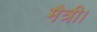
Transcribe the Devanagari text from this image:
मैत्री।